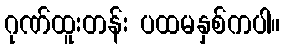
ဂုဏ်ထူးတန်း ပထမနှစ်ကပါ။